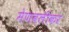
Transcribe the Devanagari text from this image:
मेणवलीकर